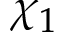
\chi _ { 1 }